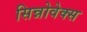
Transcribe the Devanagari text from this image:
सिन्नोवेक्स